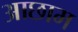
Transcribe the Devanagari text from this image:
आछाम